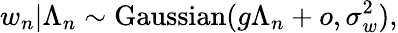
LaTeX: w_{n}|\Lambda_{n}\sim\mathrm{Gaussian}(g\Lambda_{n}+o,\sigma_{w}^{2}),